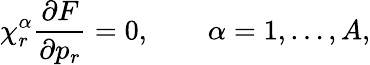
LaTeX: \chi_{r}^{\alpha}\frac{\partial F}{\partial p_{r}}=0,\qquad\alpha=1,\ldots,A,